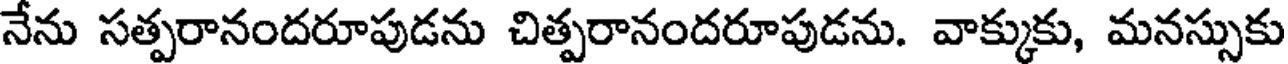
నేను సత్పరానందరూపుడను చిత్పరానందరూపుడను. వాక్కుకు, మనస్సుకు